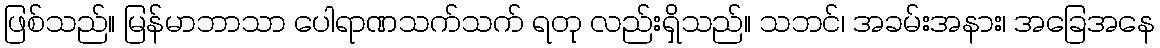
ဖြစ်သည်။ မြန်မာဘာသာ ပေါရာဏသက်သက် ရတု လည်းရှိသည်။ သဘင်၊ အခမ်းအနား၊ အခြေအနေ